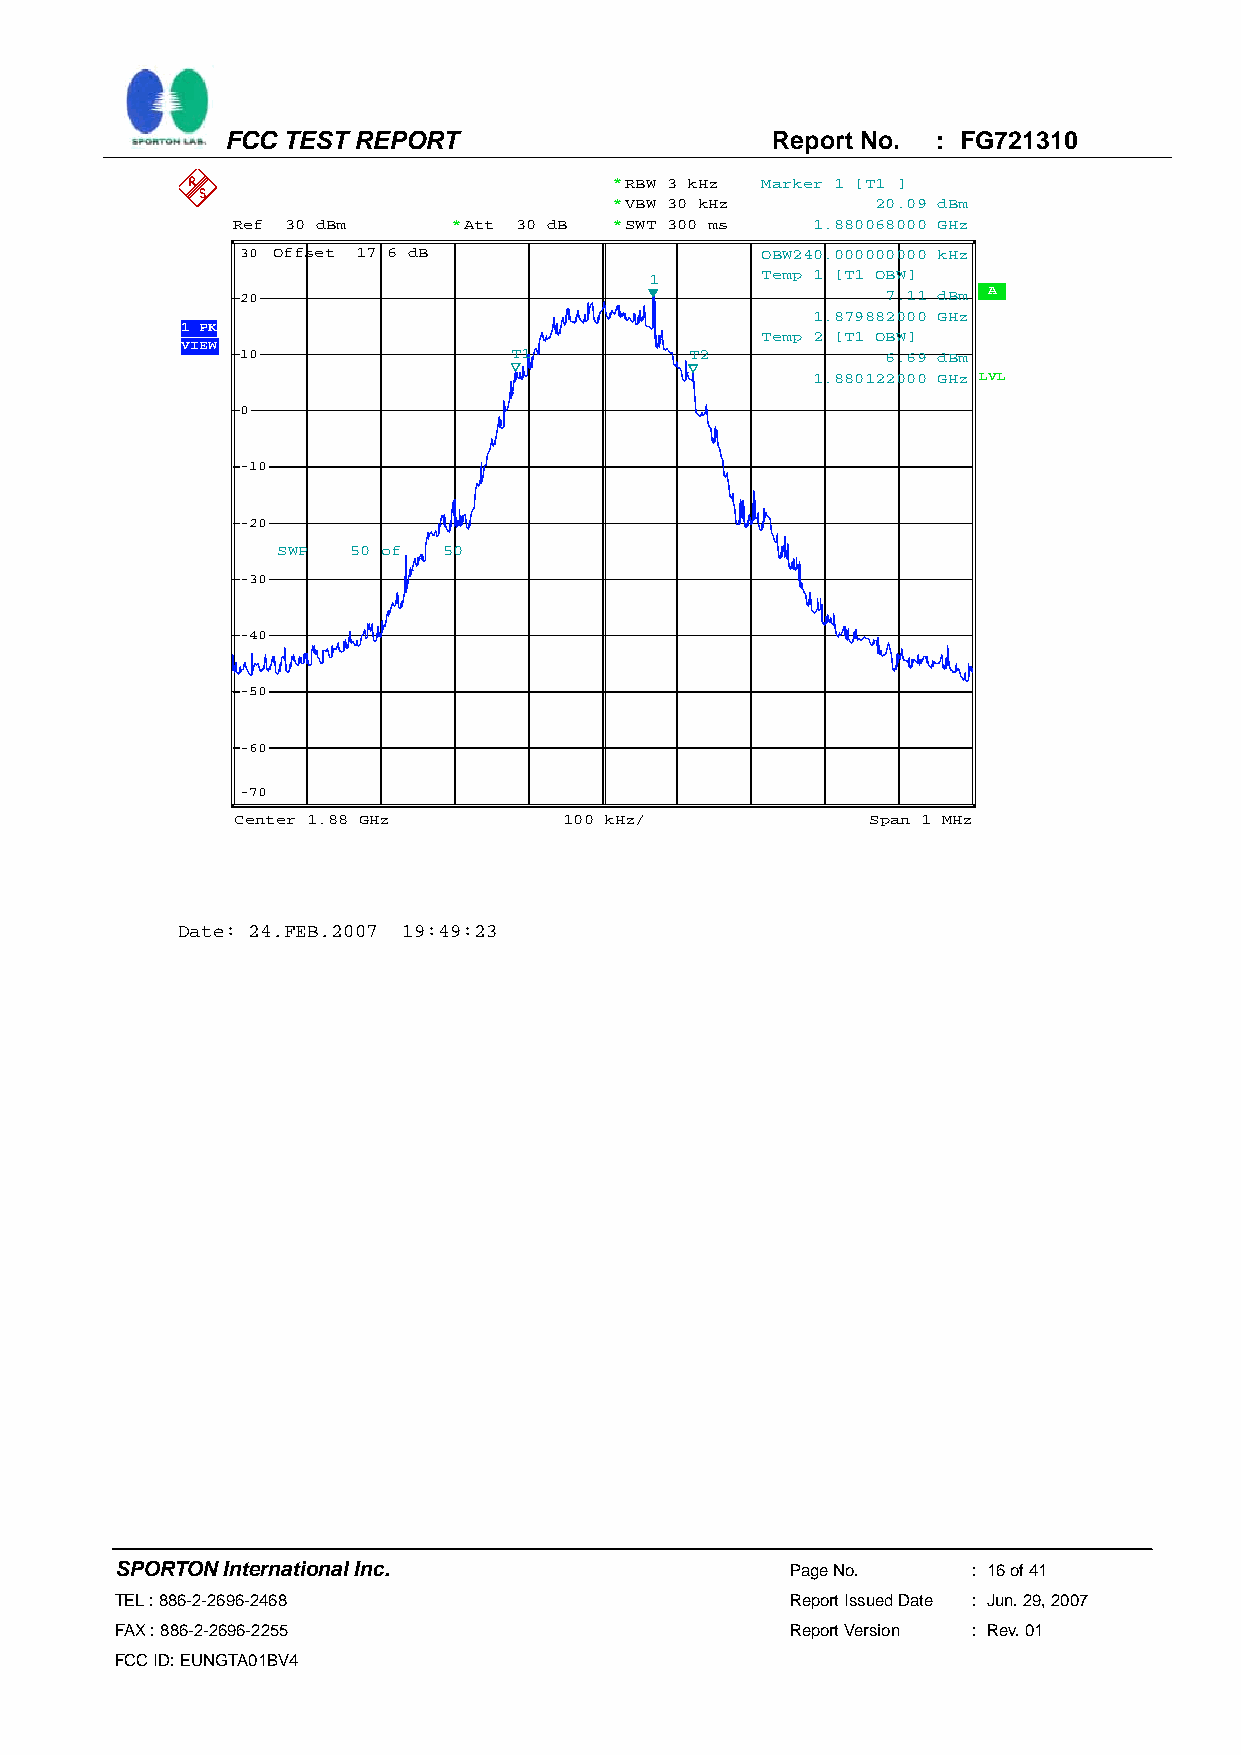
FCC TEST REPORT                     Report No. : FG721310
 *RBW 3 kHz Marker 1 [T1 ]
 *VBW 30 kHz      20.09 dBm
 Ref 30 dBm     *Att 30 dB *SWT 300 ms  1.880068000 GHz
 30 Offset 17.6 dB                 OBW240.000000000 kHz
 1      Temp 1 [T1 OBW]
 20                                         7.11 dBm A
 1.879882000 GHz
 1 PK
 Temp 2 [T1 OBW]
 VIEW
 10                T1          T2           6.69 dBm
 1.880122000 GHz LVL
 0
 -10
 -20
 SWP  50 of 50
 -30
 -40
 -50
 -60
 -70
 Center 1.88 GHz      100 kHz/             Span 1 MHz
 Date: 24.FEB.2007 19:49:23
 SPORTON International Inc.                  Page No.    : 16 of 41
 TEL : 886-2-2696-2468                       Report Issued Date : Jun. 29, 2007
 FAX : 886-2-2696-2255                       Report Version : Rev. 01
 FCC ID: EUNGTA01BV4